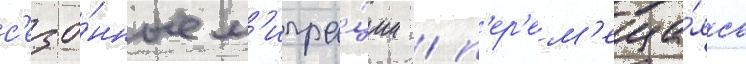
с'езо́нные м'игра́ции / п'ер'ем'еща́ясь